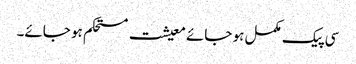
سی پیک مکمل ہو جائے معیشت مستحکم ہو جائے۔